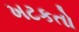
ખટકતો